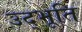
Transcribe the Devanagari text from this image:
उद्भूति